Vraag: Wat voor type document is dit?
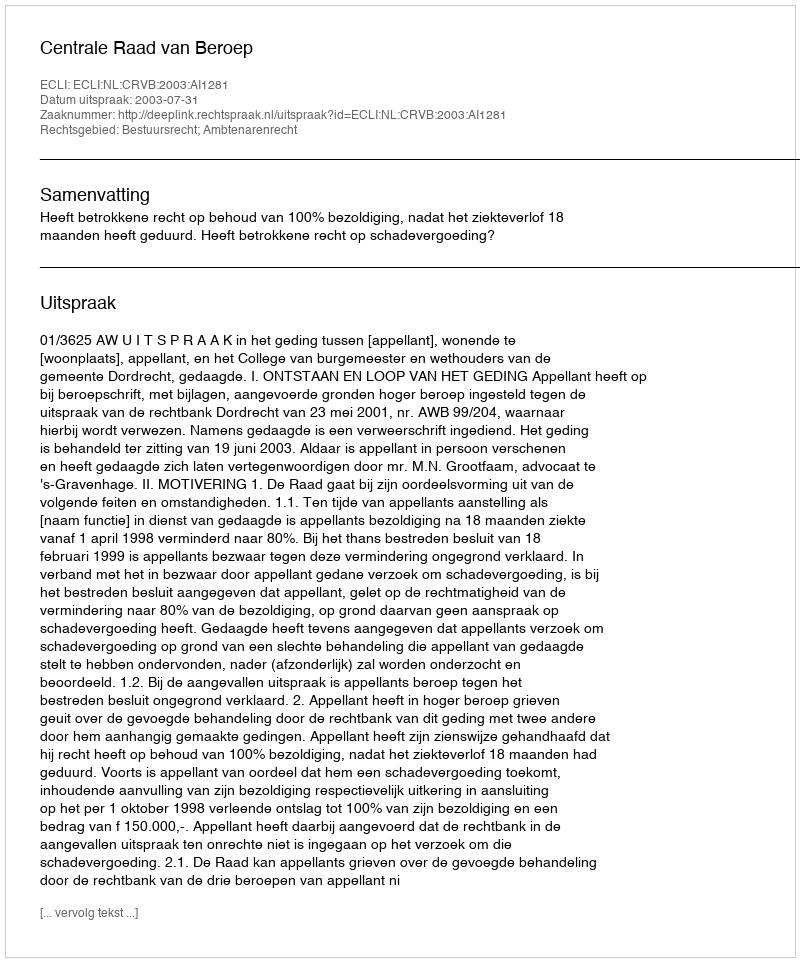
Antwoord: Uitspraak